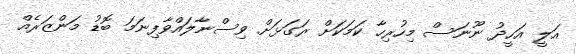
އަލީ އަހީދު ނޫނަސް މިހުރިހާ ކަމަކަށް ރަގަޅަށް ވިސްނާލައްވާފިނަމަ ބޮޑު މަންޒަރެއް